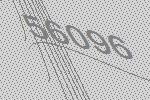
56096